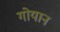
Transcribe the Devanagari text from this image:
गोयान